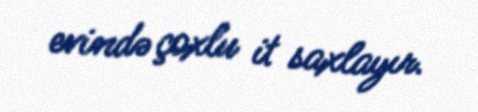
evində çoxlu it saxlayır.